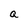
Character: a